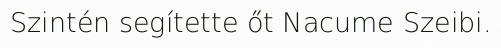
Szintén segítette őt Nacume Szeibi.